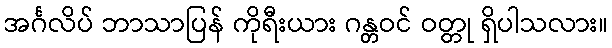
အင်္ဂလိပ် ဘာသာပြန် ကိုရီးယား ဂန္တဝင် ဝတ္တု ရှိပါသလား။